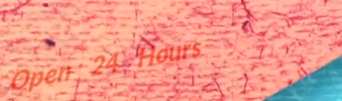
Open 24 Hours